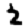
Digit: 2